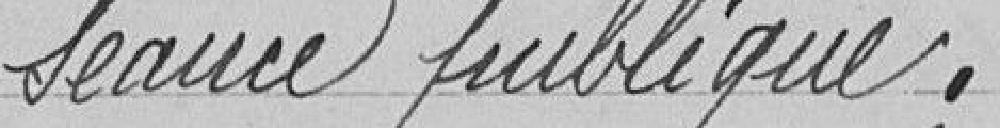
séance publique.